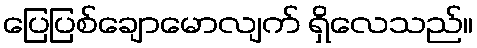
ပြေပြစ်ချောမောလျက် ရှိလေသည်။